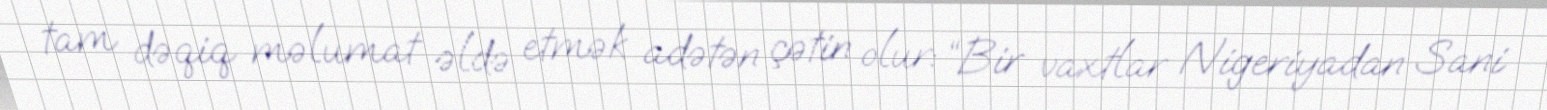
tam dəqiq məlumat əldə etmək adətən çətin olur: “Bir vaxtlar Nigeriyadan Sani